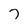
Character: 7